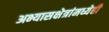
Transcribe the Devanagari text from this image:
अभ्यासक्षेत्रांमध्येही